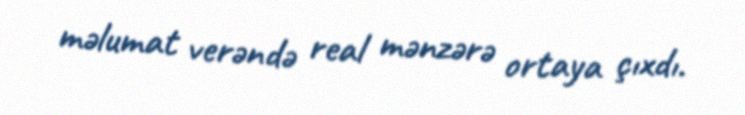
məlumat verəndə real mənzərə ortaya çıxdı.